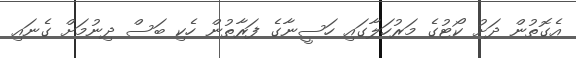
އެގޮތުން ދަށު ކޯޓުގެ މަރުހަލާގައި ހަސީނާގެ ފަރާތުން ހެކި ބަސް ދިނުމަށް ގެނައި